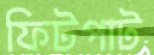
ফিটপাট